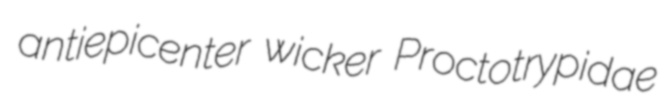
antiepicenter wicker Proctotrypidae